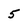
Character: 5